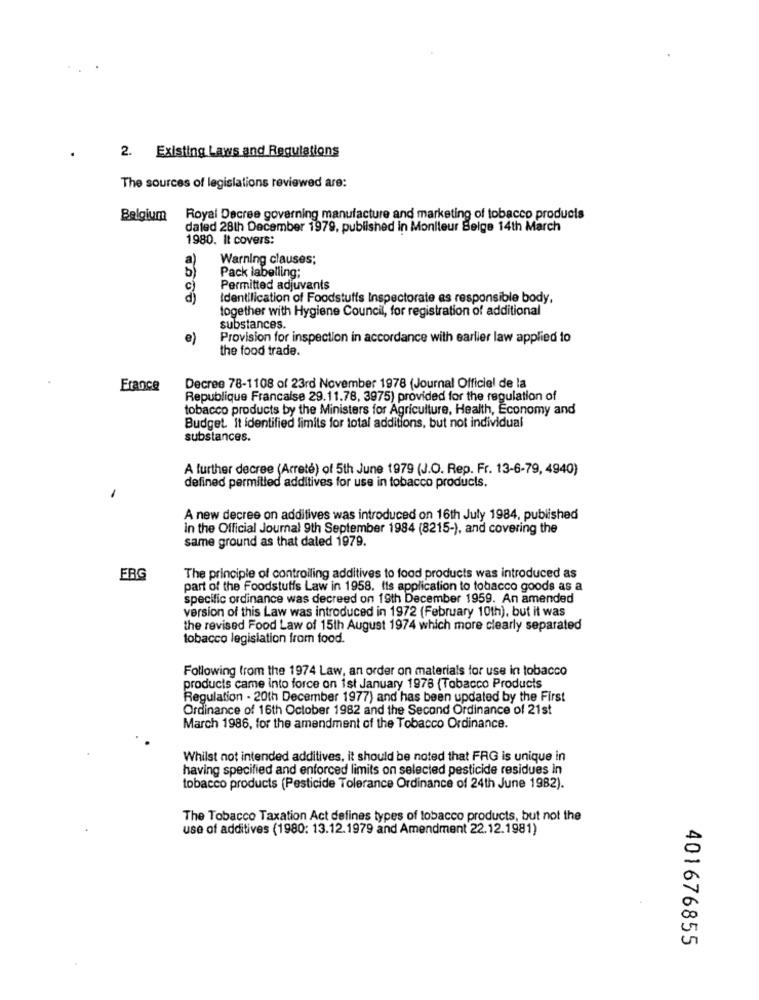
2. Existing Laws and Regulations
The sources of legislations reviewed are:
Belgium Royal Decree governing manufacture and marketing of tobacco products
daled 28th December 1979, published in Moniteur Belge 14th March
1980. It covers:
a
Warning clauses;
Pack labelling;
Permitted adjuvants
Identification of Foodstuffs Inspectorate es responsible body,
together with Hygiene Council, for registration of additional
substances.
Provision for inspection in accordance with earlier law applied to
the food trade.
France
Decree 78-1108 of 23rd November 1978 (Journal Officiel de la
Republique Francaise 29.11.78, 3975) provided for the regulation of
tobacco products by the Ministers for Agriculture, Health, Economy and
Budget. It identified limits for total additions, but not individual
substances.
A further decree (Arreté) of 5th June 1979 (J.O. Rep. Fr. 13-6-79, 4940)
defined permitted additives for use in tobacco products.
A new decree on additives was introduced on 16th July 1984, published
in the Official Journal 9th September 1984 (8215-), and covering the
same ground as that daled 1979.
ERG
The principle of controlling additives to food products was introduced as
part of the Foodstuffs Law in 1958. Its application to tobacco goods as a
specific ordinance was decreed on 19th December 1959. An amended
version of this Law was introduced in 1972 (February 10th), but it was
the revised Food Law of 15th August 1974 which more clearly separated
tobacco legislation from food.
Following from the 1974 Law, an order on materials for use in tobacco
products came into force on 1st January 1978 (Tobacco Products
Regulation - 20th December 1977) and has been updated by the First
Ordinance of 16th October 1982 and the Second Ordinance of 21st
March 1986, for the amendment of the Tobacco Ordinance.
Whilst not intended additives, it should be noted that FRG is unique in
having specified and enforced limits on selected pesticide residues in
tobacco products (Pesticide Tolerance Ordinance of 24th June 1982).
The Tobacco Taxation Act defines types of tobacco products, but not the
use of additives (1980: 13.12.1979 and Amendment 22.12.1981)
401676855